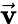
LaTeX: \vec{\textbf{v}}